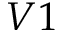
V 1